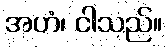
အဟံ၊ ငါသည်။